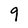
Character: 9